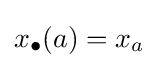
x_{\bullet }(a)=x_{a}